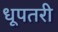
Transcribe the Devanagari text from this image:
धूपतरी